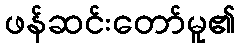
ဖန်ဆင်းတော်မူ၏